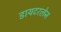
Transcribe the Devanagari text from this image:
डायटरलेन